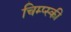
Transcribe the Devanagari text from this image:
चिम्प्स्की